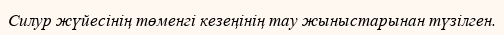
Силур жүйесінің төменгі кезеңінің тау жыныстарынан түзілген.